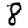
Digit: 8